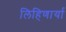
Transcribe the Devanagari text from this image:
लिहिणार्या